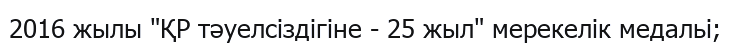
2016 жылы "ҚР тәуелсіздігіне - 25 жыл" мерекелік медальі;